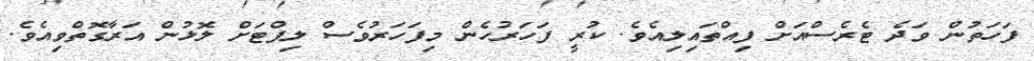
ފަހަތުން ވަދެ ޓެރެސްއަށް ފިއްތައިލިއެވެ. ކުރީ ފަހަރުހެން މިފަހަރުވެސް ލިފްޓަށް ލޮޅުން އަރާގޮތްވިއެވެ.